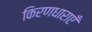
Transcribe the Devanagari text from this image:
किरणधाराएँ